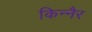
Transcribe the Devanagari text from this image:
किन्नैर